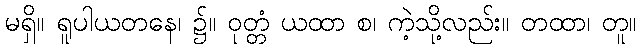
မရှိ။ ရူပါယတနေ၊ ၌။ ဝုတ္တံ ယထာ စ၊ ကဲ့သို့လည်း။ တထာ၊ တူ။